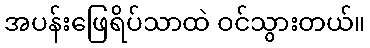
အပန်းဖြေရိပ်သာထဲ ဝင်သွားတယ်။